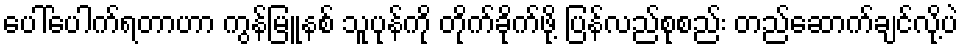
ပေါ်ပေါက်ရတာဟာ ကွန်မြူနစ် သူပုန်ကို တိုက်ခိုက်ဖို့ ပြန်လည်စုစည်း တည်ဆောက်ချင်လို့ပဲ